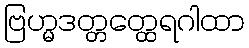
ဗြဟ္မဒတ္တတ္ထေရဂါထာ